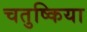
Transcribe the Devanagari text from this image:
चतुष्किया